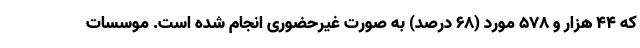
که ۴۴ هزار و ۵۷۸ مورد (۶۸ درصد) به صورت غیرحضوری انجام شده است. موسسات